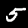
Digit: 5